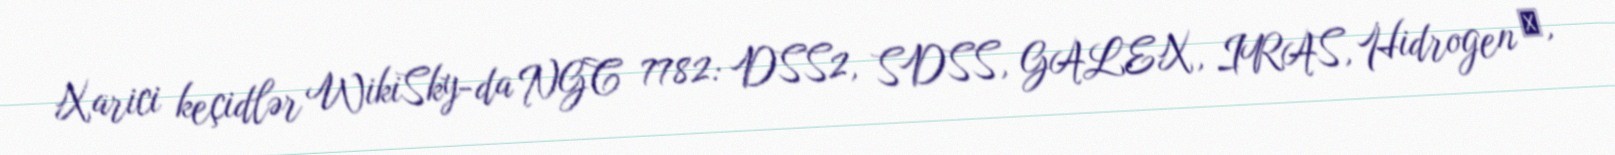
Xarici keçidlər WikiSky-da NGC 7782: DSS2, SDSS, GALEX, IRAS, Hidrogen α,